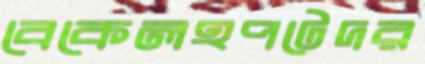
বেকেলহপটেদর